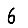
Digit: 6